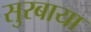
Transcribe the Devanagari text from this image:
सुरबाया